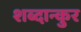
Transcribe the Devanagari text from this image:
शब्दान्कुर